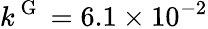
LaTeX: k^{\mathrm{~G~}}=6.1\times 10^{-2}